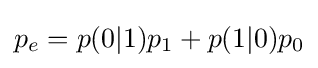
p_{e}=p(0|1)p_{1}+p(1|0)p_{0}